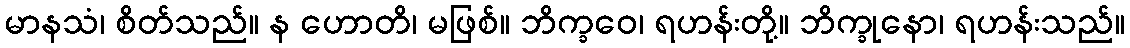
မာနသံ၊ စိတ်သည်။ န ဟောတိ၊ မဖြစ်။ ဘိက္ခဝေ၊ ရဟန်းတို့။ ဘိက္ခုနော၊ ရဟန်းသည်။